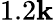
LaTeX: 1.2\mathbf{k}